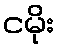
ငမိုး